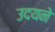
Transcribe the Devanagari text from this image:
उदयने